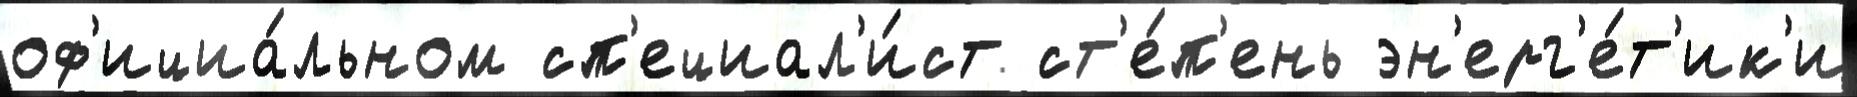
оф'ициа́льном сп'ециал'и́ст ст'е́п'ень эн'ерг'е́т'ик'и